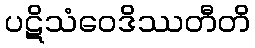
ပဋိသံဝေဒိဿတီတိ